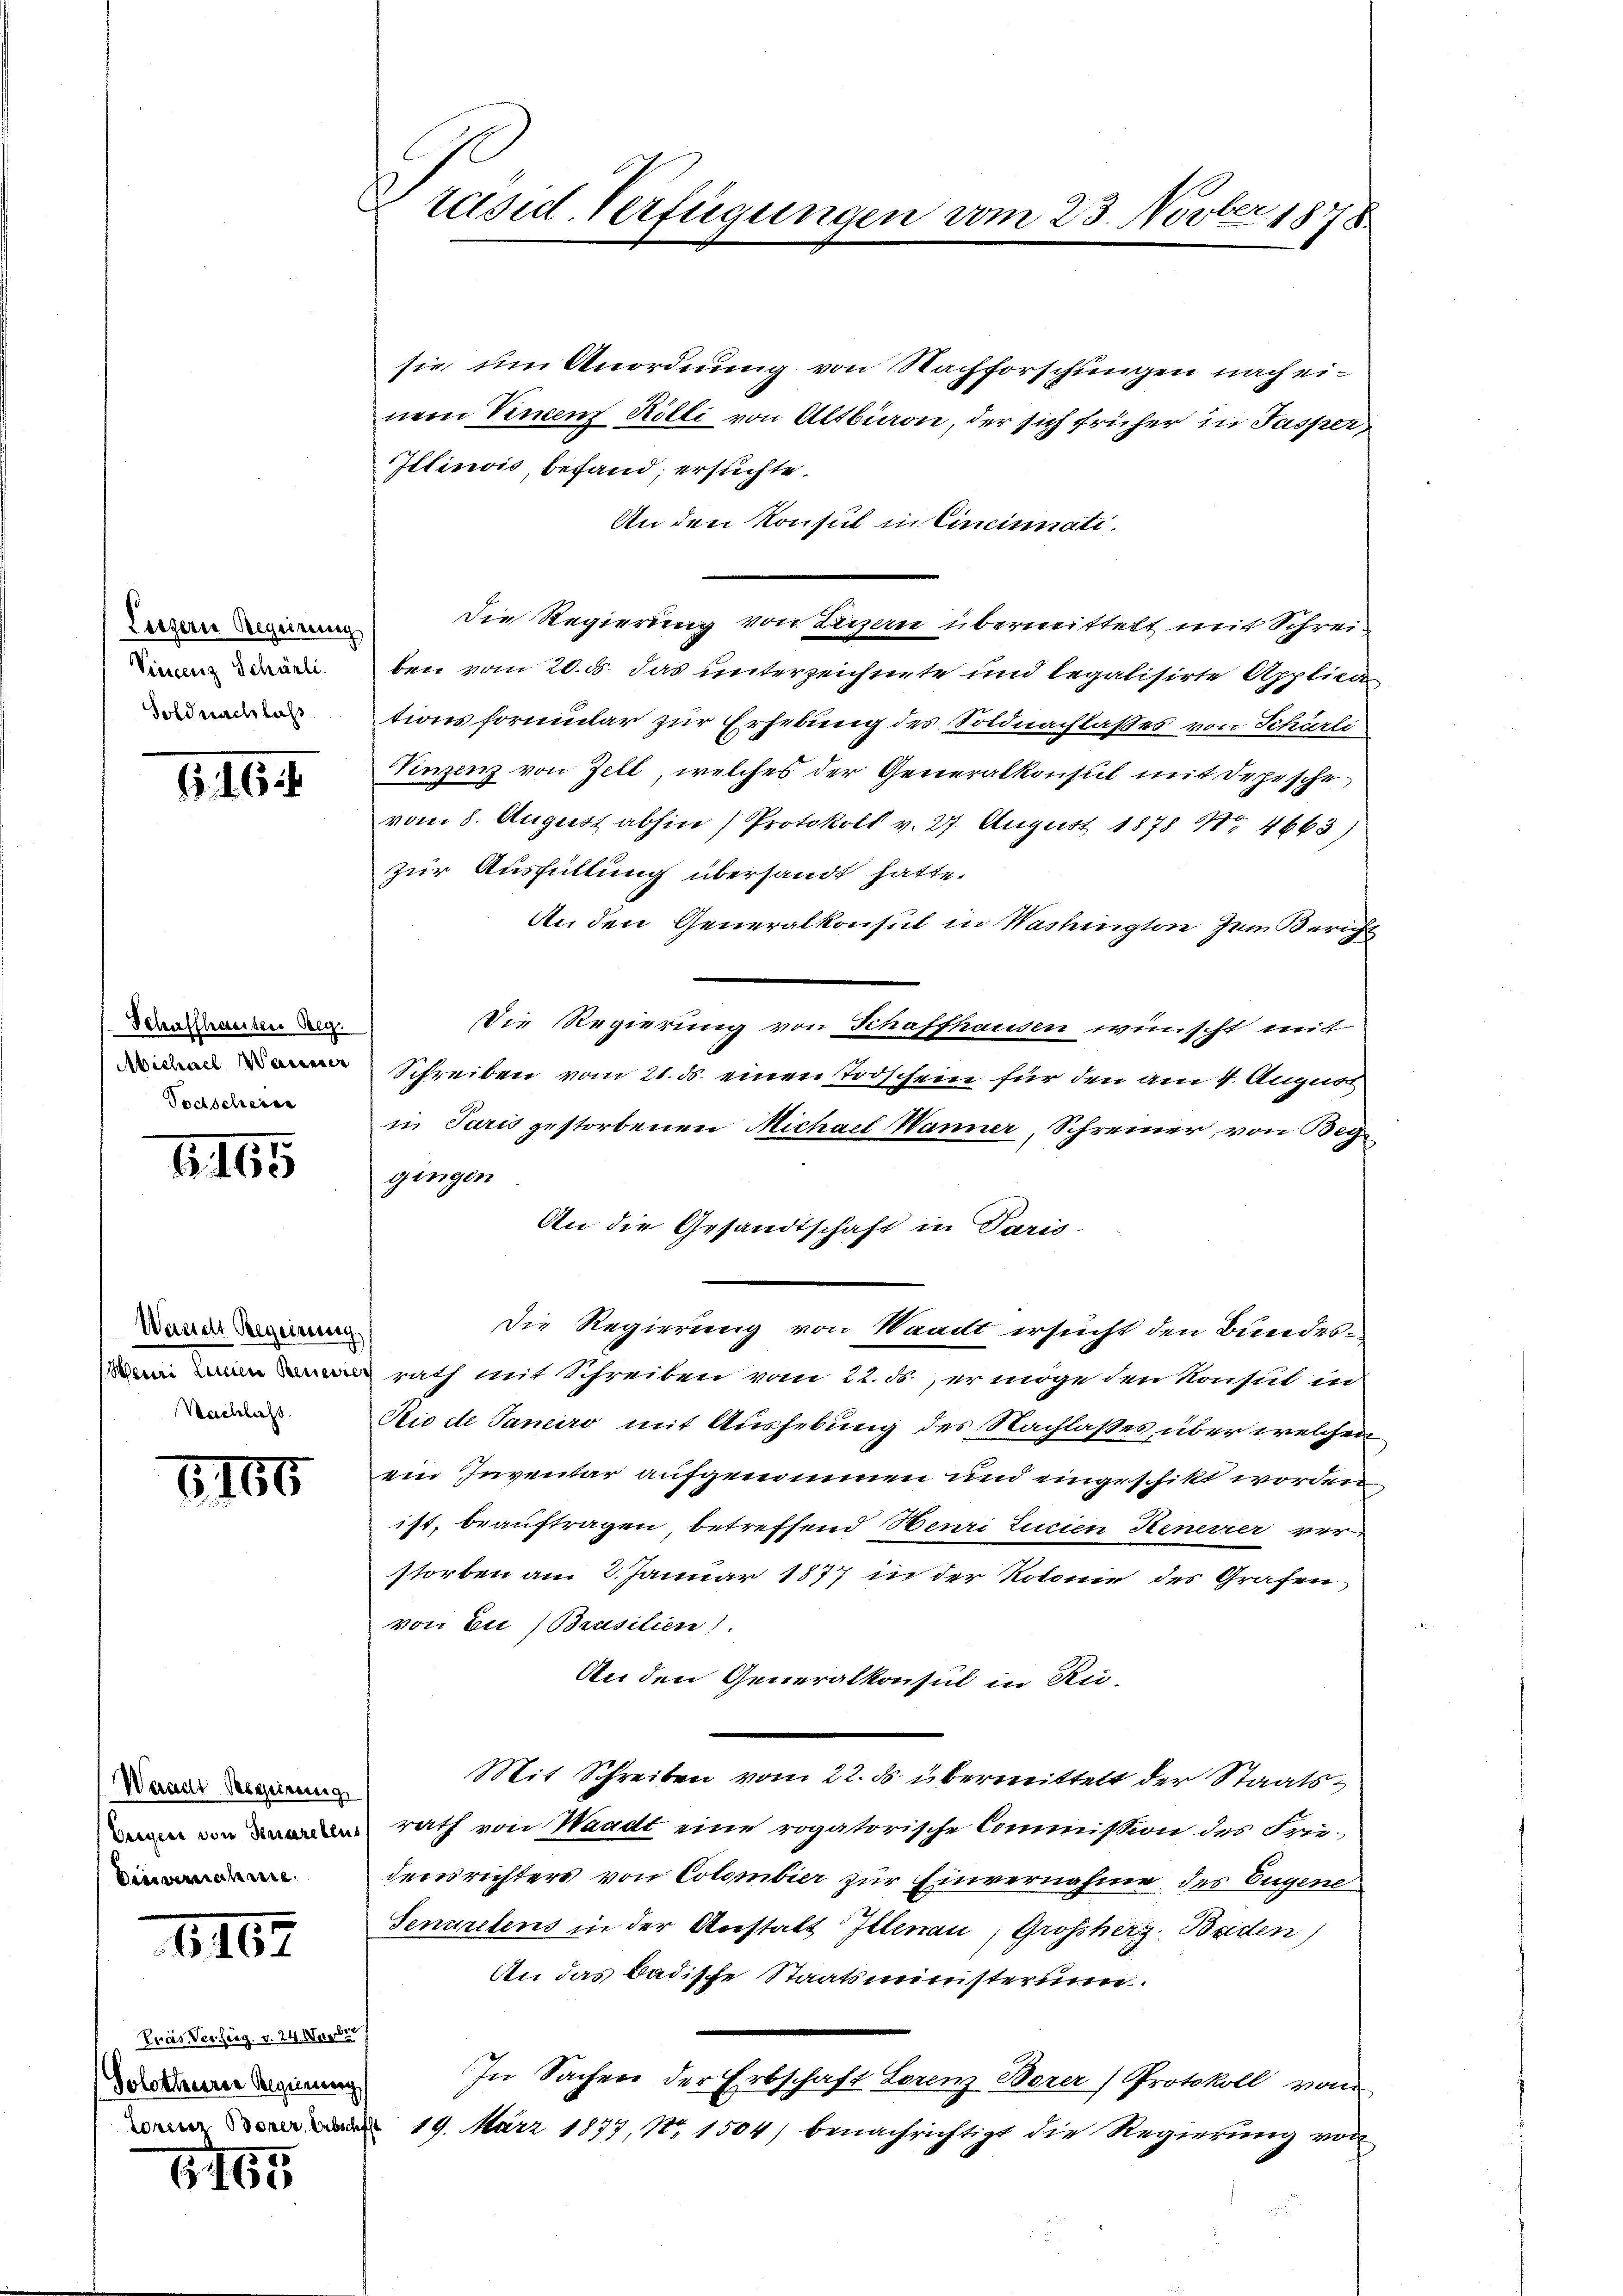
Luzern Regierung
Vincenz Schärli
Soldnachlass

616.

Schaffhauser Beg
 Michael Wanderer
Todscheine

165

Wanche Begeinung
Mei Linnen Benedie
Nachlass

6165

Waadt Bosszeitung
Verger von denarebens
Dies vernahme

1162

Pras Versieg. v. 24. Nur
Golothurer Regierung

1115

Präsid. Verfügungen vom 23. Novber 1878

sie um Anordnung von Nachforschungen nach einem Vinen Kölli von Altbiron, der sich früher in Pasper
Illinois, befand, ersuchte.
An den Konsul in Cincinati
Die Regierung von Luzern übermittelt mit Schreiben vom 20. ds. das unterzeichnete und legalisirte Applica
tionsformular zur Erhebung des Soldnachlasses von Schürli
Vinzenz von Zell, welches der Generalkonsul mit Depische
vom 8. August abhin (Protokoll v. 27. August 1878 Nr. 4663)
zur Ausfüllung übersandt hatte.
An den Generalkonsul in Washington zum Bericht
Die Regierung von Schaffhausen wünscht mit
Schreiben vom 21. ds. einen Todschein für den am 4. August
in Paris gestorbenen Michael Wanner, Schreiner, von Beg
gingen
An die Gesandtschaft in Paris.
Die Regierung von Waadt ersucht den Bundesrath mit Schreiben vom 22. ds er möge den Konsul in
Rio de Janeiro mit Aushebung des Nachlaßes über welchen
ein Inventar aufgenommen und eingeschikt worden,
ist, beauftragen, betreffend Henri Turien Henevier ver
storben am 3. Januar 1877 in der Kolonie des Grafen
von bei Brasilien).
An den Generalkonsul in Ru-
Mit Schreiben vom 22. ds übermittelt der Staatsrath von Waadt eine rogatorische Commission des Früdensrichters von Colombier zur Einvernahme des Eugene
Sencretens in der Anstalt Illnau, Großherz. Baden)
An das badische Staatsministerum.
In Sachen der Erbschaft Lorenz Borer (Protokoll vom
 19. März 1877, No. 1504) benachrichtigt die Regierung von